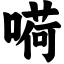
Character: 嗬